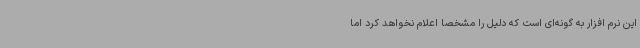
این نرم افزار به گونه‌ای است که دلیل را مشخصا اعلام نخواهد کرد اما